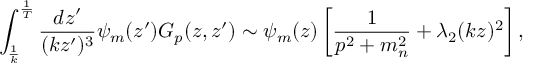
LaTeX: \int _ { \frac { 1 } { k } } ^ { \frac { 1 } { T } } { \frac { d z ^ { \prime } } { ( k z ^ { \prime } ) ^ { 3 } } } \psi _ { m } ( z ^ { \prime } ) G _ { p } ( z , z ^ { \prime } ) \sim \psi _ { m } ( z ) \left[ { \frac { 1 } { p ^ { 2 } + m _ { n } ^ { 2 } } } + { \lambda _ { 2 } } ( k z ) ^ { 2 } \right] ,